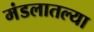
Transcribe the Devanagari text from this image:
मंडलातल्या